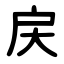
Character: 戻